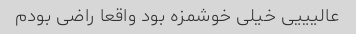
عالیییی خیلی خوشمزه بود واقعا راضی بودم